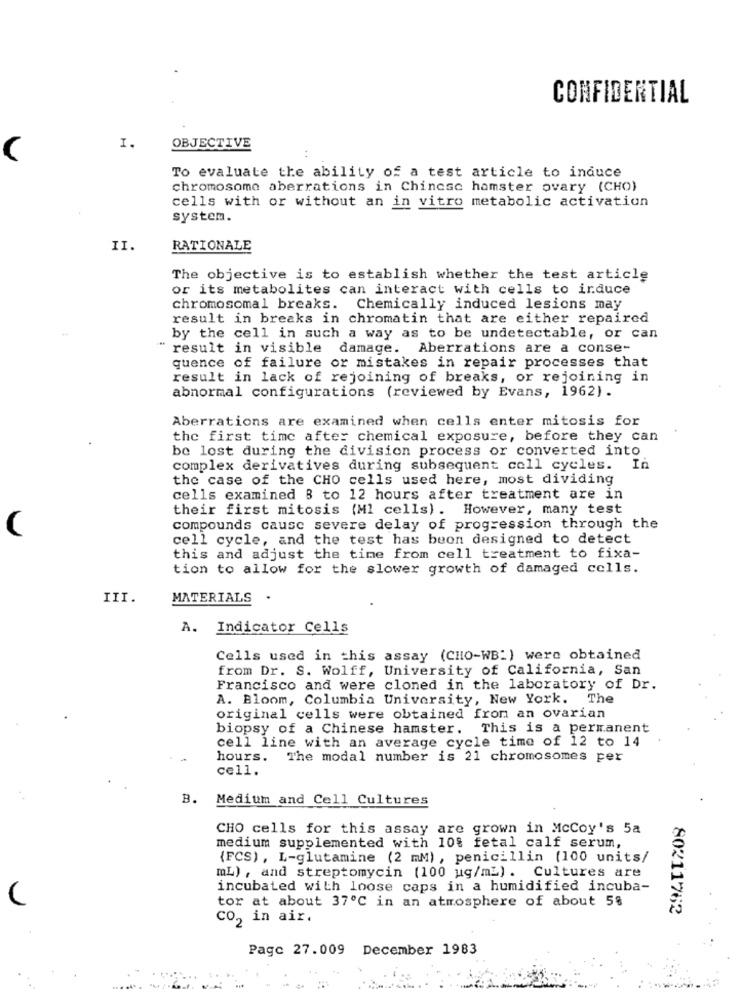
CONFIDENTIAL
I.
OBJECTIVE
To evaluate the ability of a test article to induce
chromosome aberrations in Chinese hamster ovary (CHO)
cells with or without an in vitro metabolic activation
system.
II.
RATIONALE
The objective is to establish whether the test article
or its metabolites can interact with cells to induce
chromosomal breaks. Chemically induced lesions may
result in breaks in chromatin that are either repaired
by the cell in such a way as to be undetectable, or can
result in visible damage. Aberrations are a conse-
quence of failure or mistakes in repair processes that
result in lack of rejoining of breaks, or rejoining in
abnormal configurations (reviewed by Evans, 1962).
Aberrations are examined when cells enter mitosis for
the first time after chemical exposure, before they can
be lost during the division process or converted into
complex derivatives during subsequent coll cycles. In
the case of the CHO cells used here, most dividing
cells examined 8 to 12 hours after treatment are in
their first mitosis (Ml cells) . However, many test
(
compounds cause severe delay of progression through the
cell cycle, and the test has been designed to detect
this and adjust the time from cell treatment to fixa-
tion to allow for the slower growth of damaged cells.
III.
MATERIALS .
A. Indicator Cells
Cells used in this assay (CHO-WB:) were obtained
from Dr. S. Wolff, University of California, San
Francisco and were cloned in the laboratory of Dr.
A. Bloom, Columbia University, New York. The
original cells were obtained from an ovarian
biopsy of a Chinese hamster. This is a permanent
cell line with an average cycle time of 12 to 14
hours. The modal number is 21 chromosomes per
cell.
B. Medium and Cell Cultures
CHO cells for this assay are grown in McCoy's 5a
medium supplemented with 10% fetal calf serum,
{FCS), L-glutamine (2 mM), penicillin (100 units/
mL) , and streptomycin (100 ug/m2). Cultures are
incubated with loose caps in a humidified incuba-
(
tor at about 37℃ in an atmosphere of about 5%
80211762
co, in air.
Page 27.009 December 1983